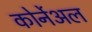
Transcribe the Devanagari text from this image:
कोर्नेअल